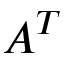
A ^ { T }